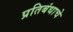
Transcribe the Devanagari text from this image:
प्रतिबंधाचे